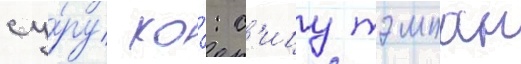
су́ру ко́: с'ицу тэмпан